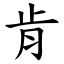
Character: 肯